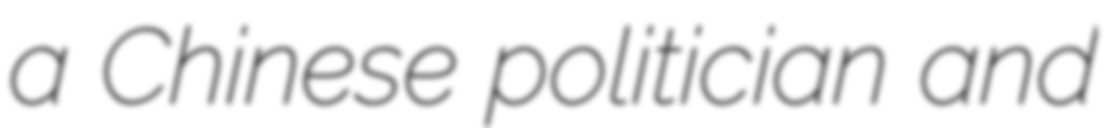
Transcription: a Chinese politician and